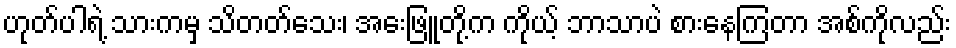
ဟုတ်ပါရဲ့ သားကမှ သိတတ်သေး၊ အေးဖြူတို့က ကိုယ့် ဘာသာပဲ စားနေကြတာ အစ်ကိုလည်း